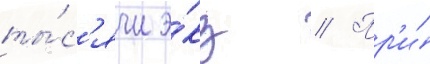
ты́с'ячи э́кз // Пр'и́